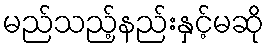
မည်သည့်နည်းနှင့်မဆို